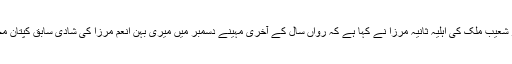
بھارتی ٹینس سٹار اور پاکستانی آل راؤنڈر شعیب ملک کی اہلیہ ثانیہ مرزا نے کہا ہے کہ رواں سال کے آخری مہینے دسمبر میں میری بہن انعم مرزا کی شادی سابق کپتان محمد اظہر الدین کے بیٹے سے ہو رہی ہے۔